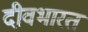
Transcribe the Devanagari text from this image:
दीवभारत